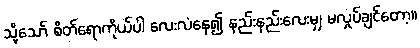
သို့သော် စိတ်ရောကိုယ်ပါ လေးလံနေ၍ နည်းနည်းလေးမျှ မလှုပ်ချင်တော့။